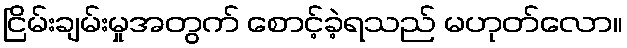
ငြိမ်းချမ်းမှုအတွက် စောင့်ခဲ့ရသည် မဟုတ်လော။